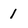
Character: I